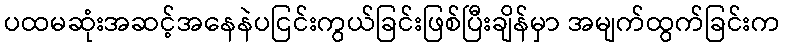
ပထမဆုံးအဆင့်အနေနဲပငြင်းကွယ်ခြင်းဖြစ်ပြီးချိန်မှာ အမျက်ထွက်ခြင်းက